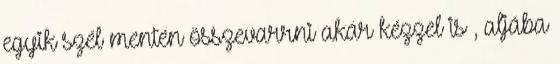
egyik szél mentén összevarrni akár kézzel is , aljába